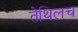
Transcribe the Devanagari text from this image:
तेथिलच